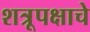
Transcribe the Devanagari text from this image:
शत्रूपक्षाचे